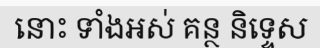
នោះ ទាំងអស់ គន្ថ និទ្ទេស